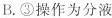
B.③操作为分液